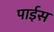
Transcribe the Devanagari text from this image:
पाईस